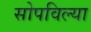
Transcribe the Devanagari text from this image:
सोपविल्या